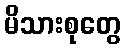
မိသားစုတွေ